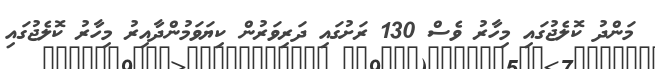
މަންދު ކޮލެޖުގައި މިހާރު ވެސް 130 ރަށުގައި ދަރިވަރުން ކިޔަވަމުންދާއިރު މިހާރު ކޮލެޖުގައި